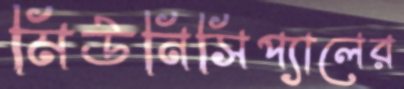
মিউনিসিপ্যালের